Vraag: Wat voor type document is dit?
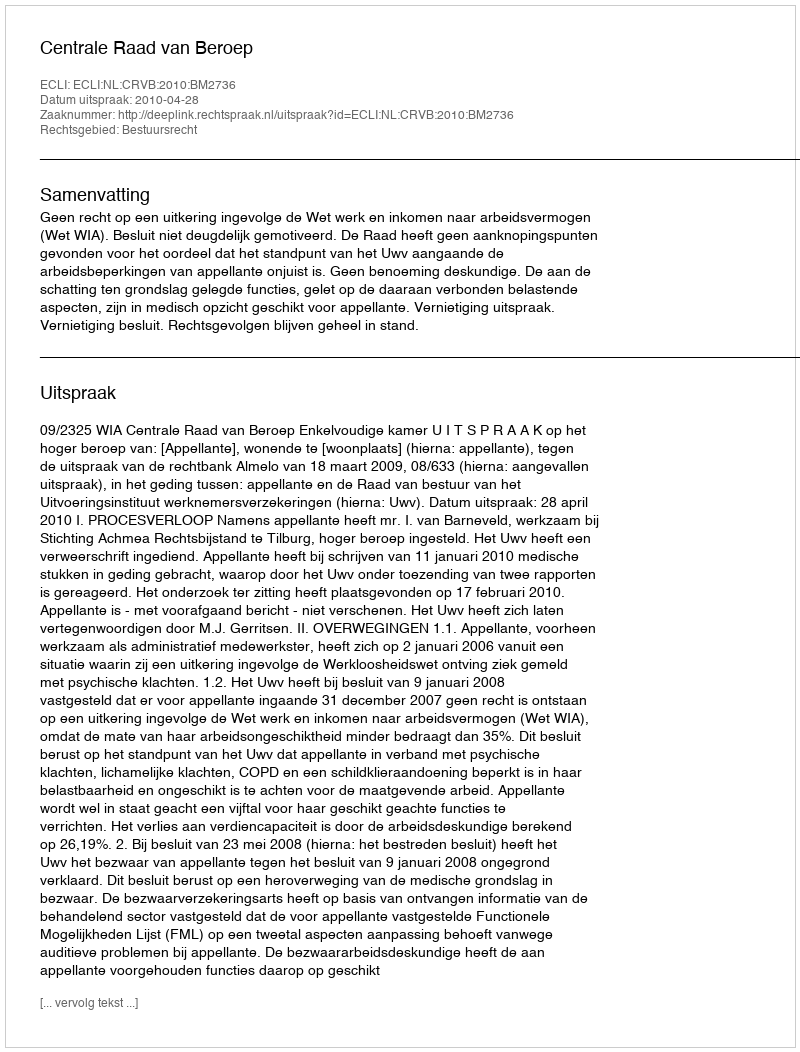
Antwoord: Uitspraak